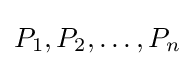
P_{1},P_{2},\dots ,P_{n}